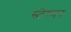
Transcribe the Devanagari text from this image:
स्टेम्पर